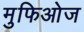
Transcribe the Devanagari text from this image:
मुफिओज